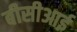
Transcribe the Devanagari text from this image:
बीसीआई